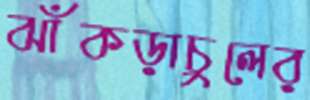
ঝাঁকড়াচুলের